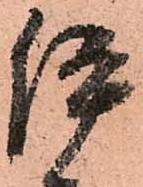
伊